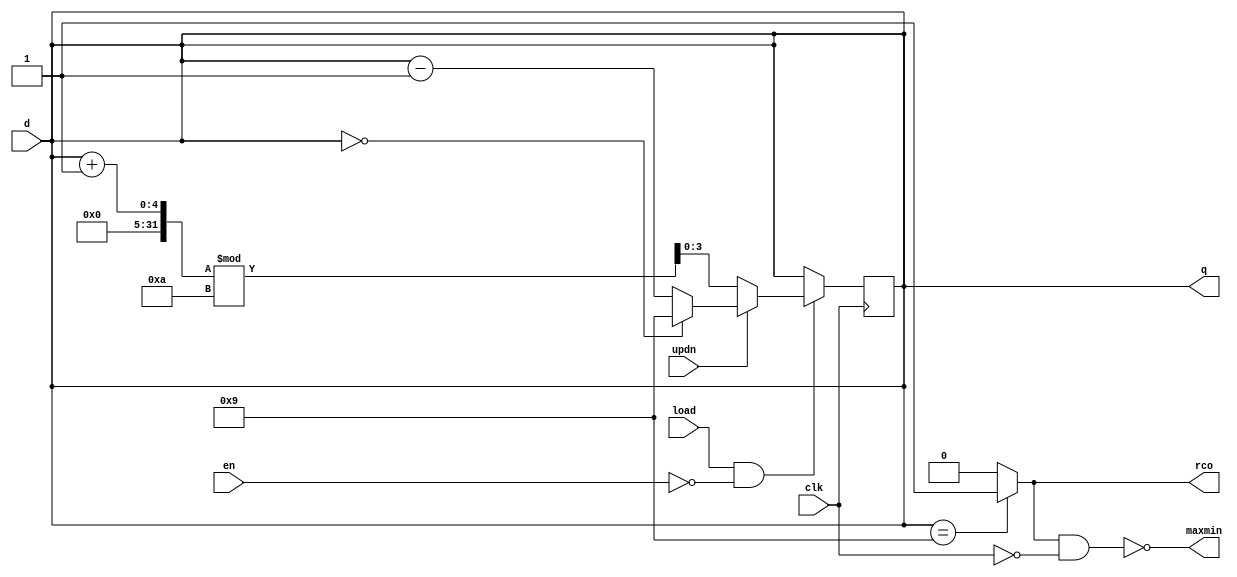
module sn74ls190(q, maxmin, rco, d, updn, clk, en, load);
input [3:0] d;
input updn, clk, en, load;
output [3:0] q;
output rco, maxmin;
reg [3:0] cnt;
wire [3:0] inc, dec;

parameter
	tPLH_min=0,  tPLH_typ=14, tPLH_max=22, // worst case
	tPHL_min=0,  tPHL_typ=35, tPHL_max=50,
	tPLHR_min=0, tPLHR_typ=13, tPLHR_max=20,
	tPHLR_min=0, tPHLR_typ=16, tPHLR_max=24,
	tPLHM_min=0, tPLHM_typ=28, tPLHM_max=42,
	tPHLM_min=0, tPHLM_typ=37, tPHLM_max=52;

initial
begin
	cnt <= 4'bxxxx;
end

assign inc = (cnt+1) % 10;
assign dec = cnt==0 ? 9 : (cnt-1);

always @(load==0)
begin
	cnt <= d;
end

always @(posedge clk)
begin
	if (load==1 && en==0) begin
		cnt <= updn ? dec : inc;
	end
end

	assign #(tPLH_min:tPLH_typ:tPLH_max, tPHL_min:tPHL_typ:tPHL_max)
		q = cnt;
	assign #(tPLHR_min:tPLHR_typ:tPLHR_max, tPHLR_min:tPHLR_typ:tPHLR_max)
		rco = cnt==9 ? 1 : 0;
	assign #(tPLHM_min:tPLHM_typ:tPLHM_max, tPHLM_min:tPHLM_typ:tPHLM_max)
		maxmin = ~(rco==1 && clk==0);

endmodule